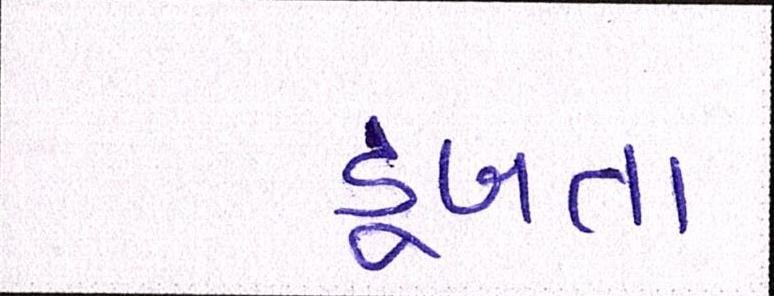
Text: ડૂબતા